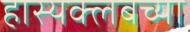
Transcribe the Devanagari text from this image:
हास्यक्लबच्या